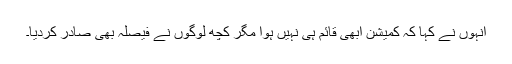
انہوں نے کہا کہ کمیشن ابھی قائم ہی نہیں ہوا مگر کچھ لوگوں نے فیصلہ بھی صادر کردیا۔